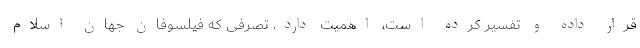
قرار داده و تفسیر کرده است، اهمیت دارد. تصرفی که فیلسوفان جهان اسلام